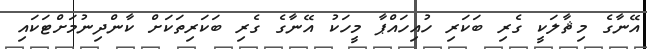
އޭނާގެ މިޘާލަކީ ގެރި ބަކަރި ހުއިހައްޕާ މީހަކު އޭނާގެ ގެރި ބަކަރިތަކަށް ކާންދިނުމަށްޓަކައި